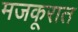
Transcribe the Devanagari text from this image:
मजकूरात